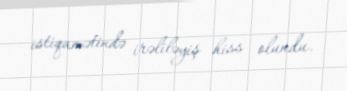
istiqamətində irəliləyiş hiss olundu.